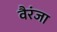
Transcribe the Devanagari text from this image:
वैरंजा